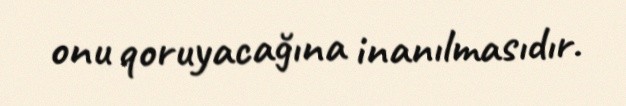
onu qoruyacağına inanılmasıdır.